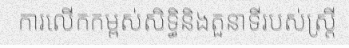
ការលើកកម្ពស់សិទ្ធិនិងតួនាទីរបស់ស្ត្រី